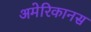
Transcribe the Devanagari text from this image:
अमेरिकानस